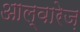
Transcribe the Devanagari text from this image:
आल्वारेज़